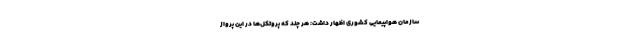
سازمان هواپیمایی کشوری اظهار داشت: هر چند که پروتکل‌ها در این پرواز